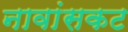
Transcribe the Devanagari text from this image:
नावांसकट